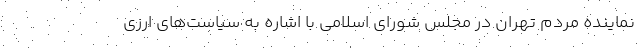
نماینده مردم تهران در مجلس شورای اسلامی با اشاره به سیاست‌های ارزی